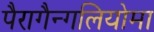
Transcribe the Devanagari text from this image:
पैरागैन्गलियोमा